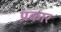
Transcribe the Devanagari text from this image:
प़कार